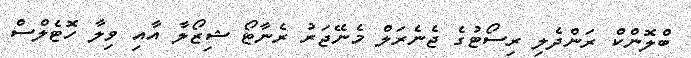
ބްލޮންކް ރަންދެލި ރިސޯޓުގެ ޖެނެރަލް މެނޭޖަރު ރެނާޓޯ ޝިޒޯލާ އާއި ވިލާ ހޮޓެލްސް